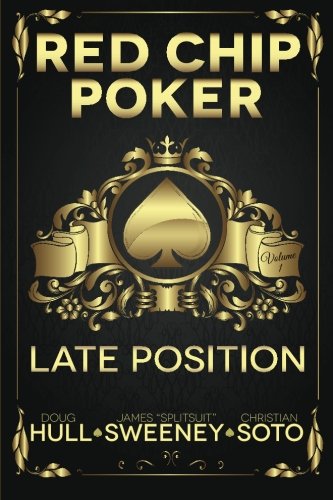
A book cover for Red Chip Poker: Late Position (Volume 1); Doug Hull; Humor & Entertainment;